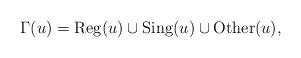
LaTeX: \begin{align*}\Gamma(u) = {\rm Reg}(u) \cup {\rm Sing}(u) \cup {\rm Other}(u),\end{align*}